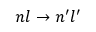
n l \rightarrow n ^ { \prime } l ^ { \prime }